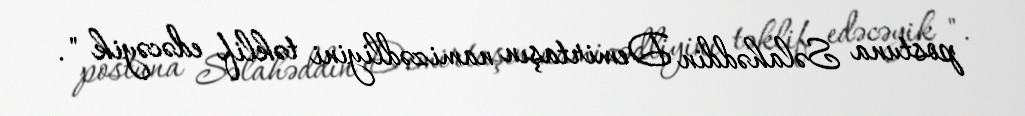
postuna Səlahəddin Demirtaşın namizədliyini təklif edəcəyik ".